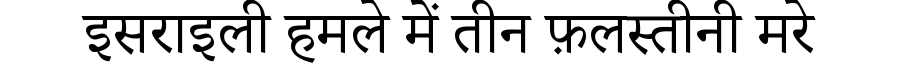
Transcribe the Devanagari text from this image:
इसराइली हमले में तीन फ़लस्तीनी मरे